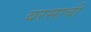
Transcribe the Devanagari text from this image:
वरसाची